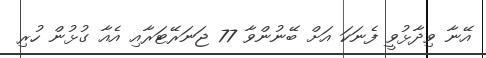
އޭނާ ވިދާޅުވީ ފެނަކަ އަށް ބޭނުންވާ 77 ޖަނަރޭޓަރާއި އެއާ ގުޅުން ހުރި